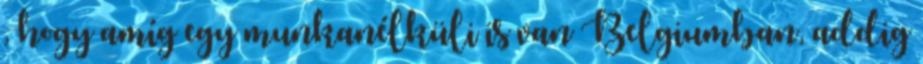
, hogy amíg egy munkanélküli is van Belgiumban, addig